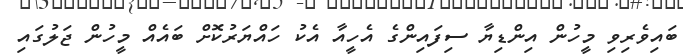
ބައިވެރިވި މީހުން އިންޑިޔާ ސިފައިންގެ އެހީއާ އެކު ހައްޔަރުކޮށް ބައެއް މީހުން ޖަލުގައި